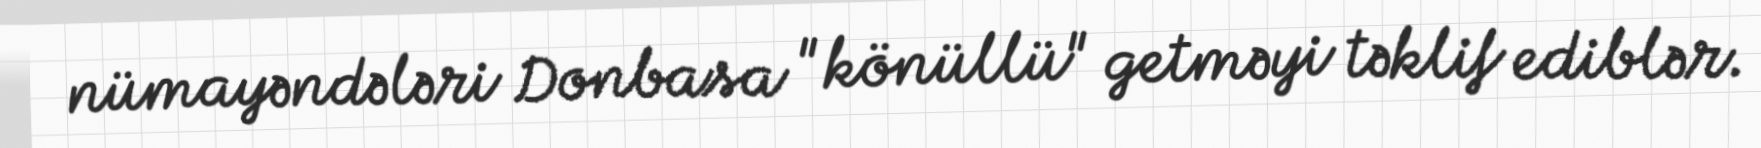
nümayəndələri Donbasa "könüllü" getməyi təklif ediblər.